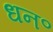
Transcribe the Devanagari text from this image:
धन॰